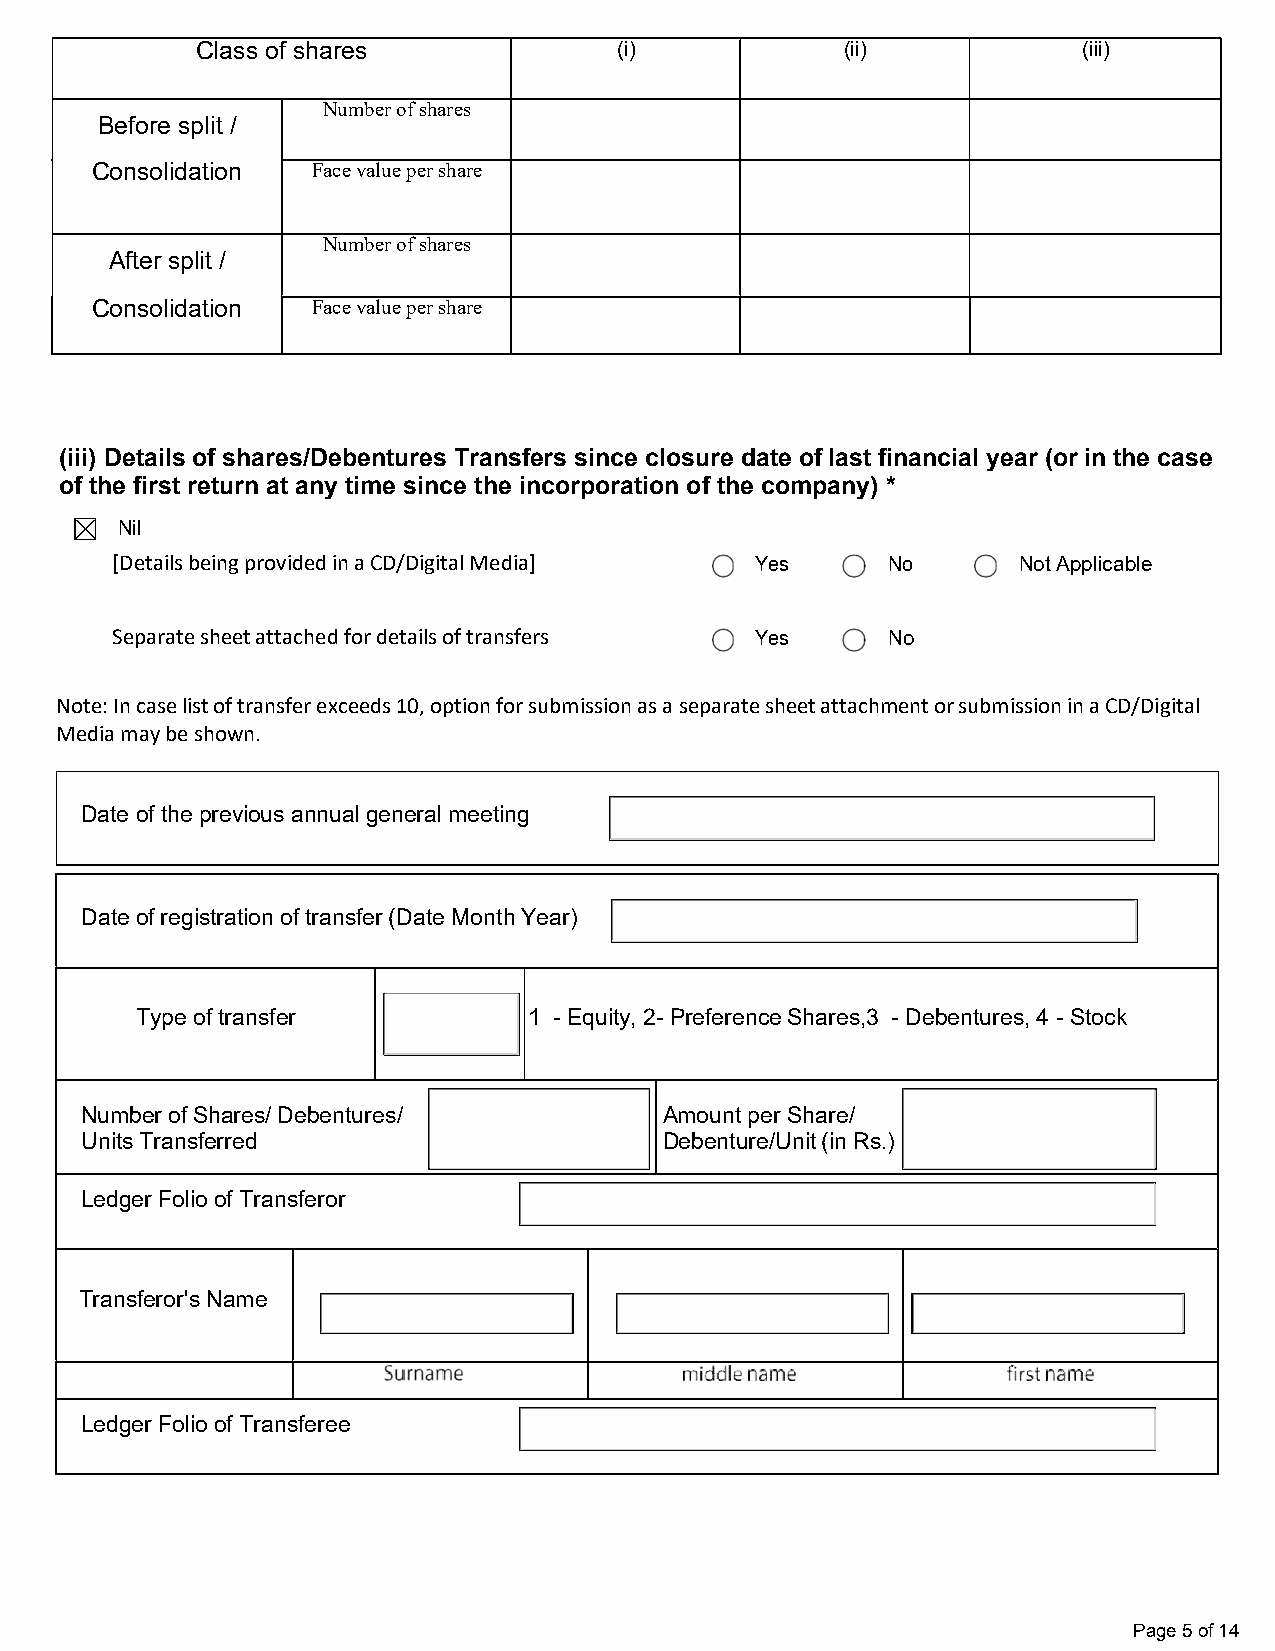
Class of shares             (i)            (ii)            (iii)
 Number of shares
 Before split /
 Consolidation  Face value per share
 Number of shares
 After split /
 Consolidation  Face value per share
 (iii) Details of shares/Debentures Transfers since closure date of last financial year (or in the case
 of the first return at any time since the incorporation of the company) *
 Nil
 [Details being provided in a CD/Digital Media] Yes  No      Not Applicable
 Separate sheet attached for details of transfers Yes No
 Note: In case list of transfer exceeds 10, option for submission as a separate sheet attachment or submission in a CD/Digital
 Media may be shown.
 Date of the previous annual general meeting
 Date of registration of transfer (Date Month Year)
 Type of transfer          1 - Equity, 2- Preference Shares,3 - Debentures, 4 - Stock
 Number of Shares/ Debentures/          Amount per Share/
 Units Transferred                      Debenture/Unit (in Rs.)
 Ledger Folio of Transferor
 Transferor's Name
 Ledger Folio of Transferee
 Page 5 of 14